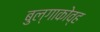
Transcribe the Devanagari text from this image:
बुल्गाकोव्ह